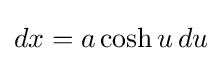
dx=a\cosh u\,du